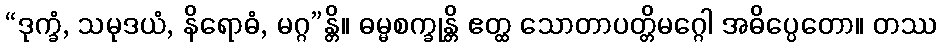
“ဒုက္ခံ, သမုဒယံ, နိရောဓံ, မဂ္ဂ”န္တိ။ ဓမ္မစက္ခုန္တိ ဧတ္ထ သောတာပတ္တိမဂ္ဂေါ အဓိပ္ပေတော။ တဿ